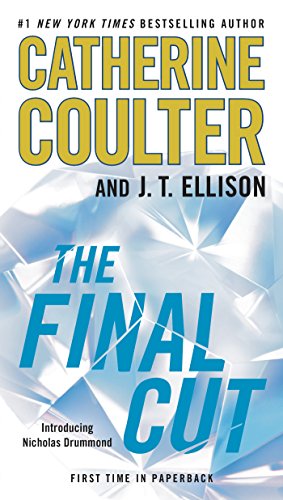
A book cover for The Final Cut (A Brit in the FBI); Catherine Coulter; Mystery, Thriller & Suspense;